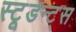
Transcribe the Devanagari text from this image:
स्टूडन्ट्स